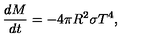
{ \frac { d M } { d t } } = - 4 \pi R ^ { 2 } \sigma T ^ { 4 } ,